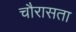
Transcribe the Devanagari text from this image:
चौरासता